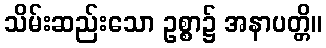
သိမ်းဆည်းသော ဥစ္စာ၌ အနာပတ္တိ။